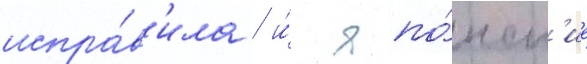
испра́в'ила / и́ япо́нск'ие